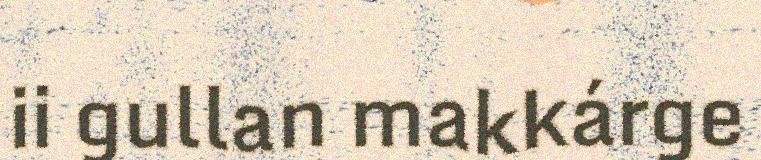
ii gullan makkárge